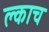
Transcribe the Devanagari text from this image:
क्लाच